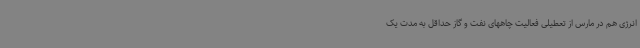
انرژی هم در مارس از تعطیلی فعالیت چاههای نفت و گاز حداقل به مدت یک